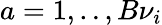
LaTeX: a=1,..,B\nu_{i}